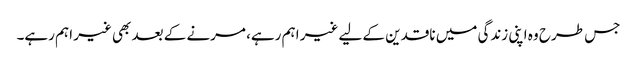
جس طرح وہ اپنی زندگی میں ناقدین کے لیے غیر اہم رہے، مرنے کے بعد بھی غیر اہم رہے۔